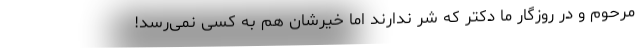
مرحوم و در روزگار ما دکتر که شرّ ندارند اما خیرشان هم به کسی نمی‌رسد!